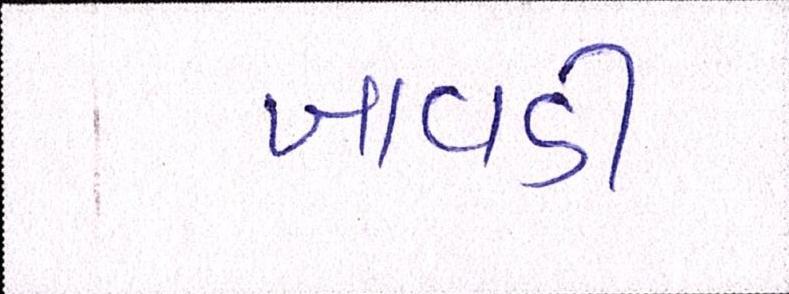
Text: ખાવડી